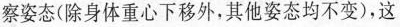
察姿态(除身体重心下移外，其他姿态均不变)，这